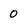
Character: 0